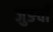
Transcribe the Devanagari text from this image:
जुङवाँ